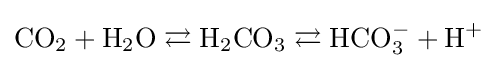
{\rm {CO_{2}+H_{2}O\rightleftarrows H_{2}CO_{3}\rightleftarrows HCO_{3}^{-}+H^{+}}}